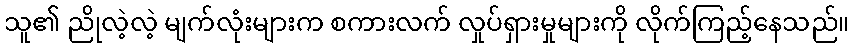
သူ၏ ညိုလဲ့လဲ့ မျက်လုံးများက စကားလက် လှုပ်ရှားမှုများကို လိုက်ကြည့်နေသည်။